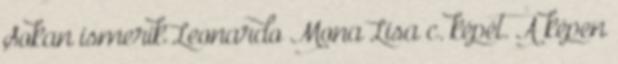
Sokan ismerik Leonardo Mona Lisa c. képét. A képen